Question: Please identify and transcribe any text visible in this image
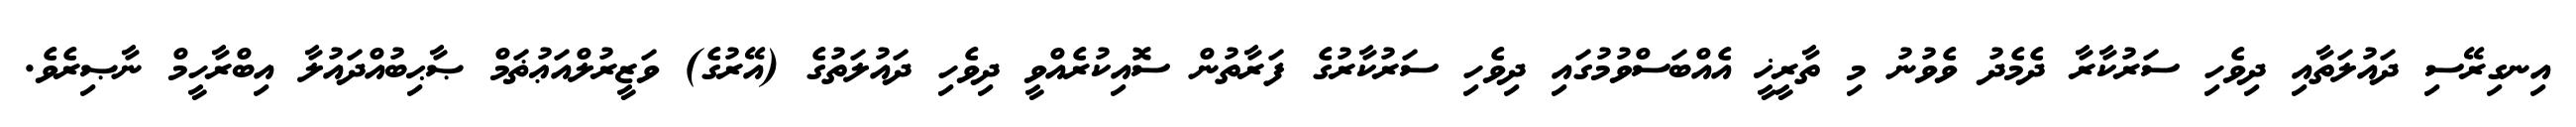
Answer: އިނގިރޭސި ދައުލަތާއި ދިވެހި ސަރުކާރާ ދެމެދު ވެވުނު މި ތާރީޚީ އެއްބަސްވުމުގައި ދިވެހި ސަރުކާރުގެ ފަރާތުން ސޮއިކުރެއްވީ ދިވެހި ދައުލަތުގެ (އޭރުގެ) ވަޒީރުލްއަޢުޡަމް ޞާޙިބުއްދައުލާ އިބްރާހީމް ނާޞިރެވެ.